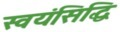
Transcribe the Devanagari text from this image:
स्वयंसिद्धि